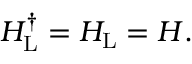
\begin{array} { r } { H _ { \mathrm { L } } ^ { \dagger } = H _ { \mathrm { L } } = H . } \end{array}